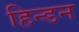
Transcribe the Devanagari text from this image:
हिन्‍डन